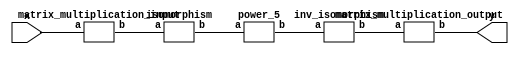
`timescale 1ns/100ps;
module SMSS32_5_nn_10_1(x,y);
	 input [5:0] x;
	 output [5:0] y;
	 wire [5:0] z;
	 wire [5:0] w;
	 wire [5:0] p;
	 wire [5:0] q;
	 matrix_multiplication_input C1(x,z);
	 isomorphism C2 (z,w);
	 power_5 C3 (w,p);
	 inv_isomorphism C4 (p,q);
	 matrix_multiplication_output C5 (q,y);
endmodule

module add_base(a,b,c);
	 input [2:0] a;
	 input [2:0] b;
	 output [2:0] c;
	 assign c[0]=a[0]^b[0];
	 assign c[1]=a[1]^b[1];
	 assign c[2]=a[2]^b[2];
endmodule

module five_base(a,b);
	 input [2:0] a;
	 output [2:0] b;
	 assign b[0]=a[1]^a[2]^(a[0]&a[1]);
	 assign b[1]=a[0]^a[2]^(a[1]&a[2]);
	 assign b[2]=a[0]^a[1]^(a[0]&a[2]);
endmodule

module power_5(a,b);
	 input [5:0] a;
	 output [5:0] b;
	 wire [2:0] x_0;
	 wire [2:0] x_1;
	 wire [2:0] x_2;
	 wire [2:0] x_3;
	 wire [2:0] x_4;
	 wire [2:0] x_5;
	 wire [2:0] y_0;
	 wire [2:0] y_1;
	 assign x_0[0]=a[0];
	 assign x_0[1]=a[1];
	 assign x_0[2]=a[2];
	 assign x_1[0]=a[3];
	 assign x_1[1]=a[4];
	 assign x_1[2]=a[5];
	 add_base A1 (x_0,x_1,x_2);
	 five_base A2 (x_2,x_3);
	 five_base  A3 (x_0,x_4);
	 five_base A4 (x_1,x_5);
	 add_base A5 (x_5,x_3,y_0);
	 add_base A6 (x_4,x_3,y_1);
	 assign b[0]=y_1[0];
	 assign b[1]=y_1[1];
	 assign b[2]=y_1[2];
	 assign b[3]=y_0[0];
	 assign b[4]=y_0[1];
	 assign b[5]=y_0[2];
endmodule

module inv_isomorphism(a,b);
	 input [5:0] a;
	 output [5:0] b;
	 assign b[0]=a[0]^a[1]^a[2]^a[3]^a[5];
	 assign b[1]=a[0]^a[1]^a[2]^a[5];
	 assign b[2]=a[0]^a[5];
	 assign b[3]=a[0]^a[1]^a[2]^a[3]^a[4]^a[5];
	 assign b[4]=a[0]^a[2];
	 assign b[5]=a[0]^a[1]^a[3]^a[5];
endmodule

module isomorphism(a,b);
	 input [5:0] a;
	 output [5:0] b;
	 assign b[0]=a[0]^a[4]^a[5];
	 assign b[1]=a[0]^a[1]^a[2]^a[5];
	 assign b[2]=a[0]^a[5];
	 assign b[3]=a[0]^a[1];
	 assign b[4]=a[0]^a[3];
	 assign b[5]=a[0]^a[2]^a[4]^a[5];
endmodule

module matrix_multiplication_input(a,b);
	 input [5:0] a;
	 output [5:0] b;
	 assign b[0]=a[0];
	 assign b[1]=a[1];
	 assign b[2]=a[2];
	 assign b[3]=a[3];
	 assign b[4]=a[4];
	 assign b[5]=a[0]^a[5];
endmodule

module matrix_multiplication_output(a,b);
	 input [5:0] a;
	 output [5:0] b;
	 assign b[0]=a[0]^a[5];
	 assign b[1]=a[2]^a[4]^a[5];
	 assign b[2]=a[0]^a[1]^a[2]^a[3]^a[4];
	 assign b[3]=a[0]^a[1]^a[2]^a[5];
	 assign b[4]=a[1]^a[5];
	 assign b[5]=a[0]^a[1]^a[4]^a[5];
endmodule